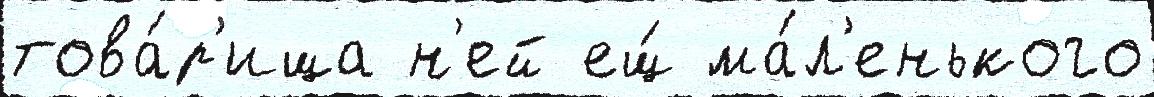
това́р'ища н'ей ещ́ ма́л'енького